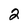
Character: 2